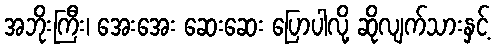
အဘိုးကြီး၊ အေးအေး ဆေးဆေး ပြောပါလို့ ဆိုလျက်သားနှင့်